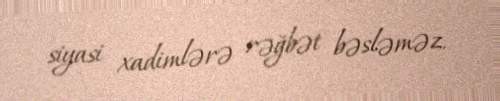
siyasi xadimlərə rəğbət bəsləməz.